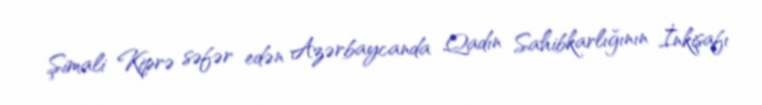
Şimali Kiprə səfər edən Azərbaycanda Qadın Sahibkarlığının İnkişafı